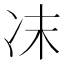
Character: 𠖾